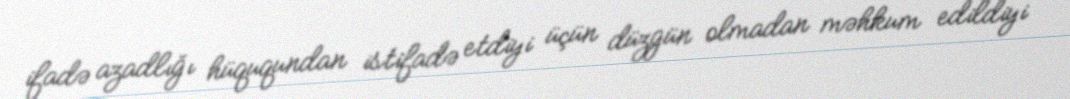
ifadə azadlığı hüququndan istifadə etdiyi üçün düzgün olmadan məhkum edildiyi